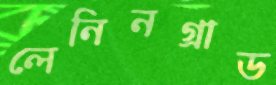
লেনিনগ্রাড